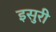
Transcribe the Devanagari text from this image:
इसुरी